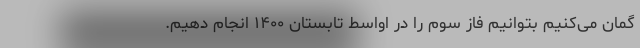
گمان می‌کنیم بتوانیم فاز سوم را در اواسط تابستان ۱۴۰۰ انجام دهیم.